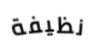
نظيفة